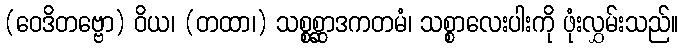
(ဝေဒိတဗ္ဗော) ဝိယ၊ (တထာ၊) သစ္စစ္ဆာဒကတမံ၊ သစ္စာလေးပါးကို ဖုံးလွှမ်းသည်။